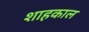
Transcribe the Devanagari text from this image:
शाहकाल